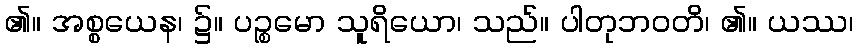
၏။ အစ္စယေန၊ ၌။ ပဉ္စမော သူရိယော၊ သည်။ ပါတုဘဝတိ၊ ၏။ ယဿ၊